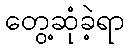
တွေ့ဆုံခဲ့ရာ